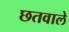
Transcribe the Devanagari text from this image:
छतवाले